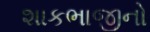
શાકભાજીનો